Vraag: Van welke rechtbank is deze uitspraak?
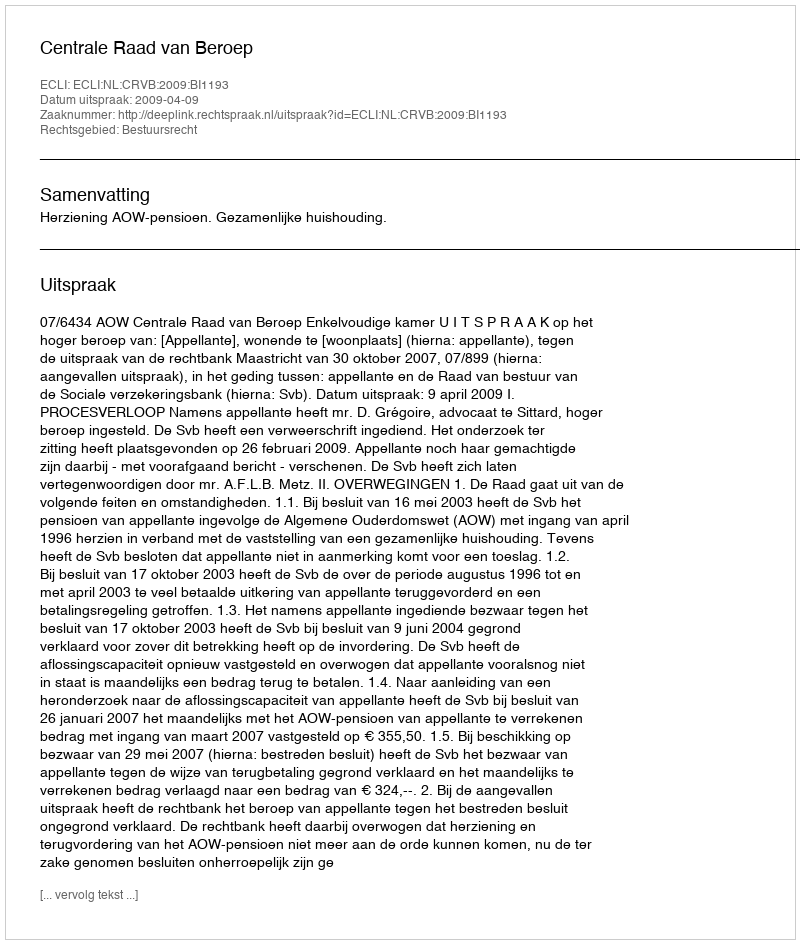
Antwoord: Centrale Raad van Beroep